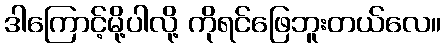
ဒါကြောင့်မို့ပါလို့ ကိုရင်ဖြေဘူးတယ်လေ။